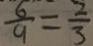
\frac { 6 } { 9 } = \frac { 2 } { 3 }